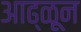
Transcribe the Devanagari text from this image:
आढ्ळून